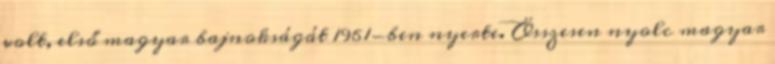
volt, első magyar bajnokságát 1961-ben nyerte. Összesen nyolc magyar